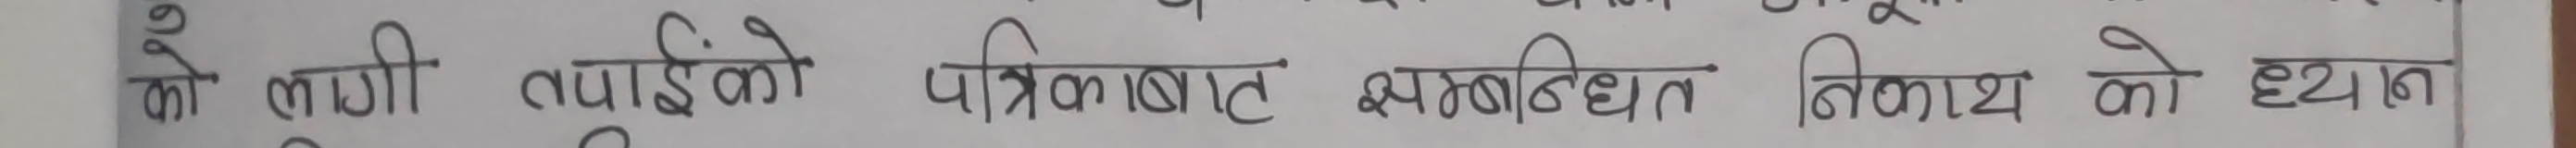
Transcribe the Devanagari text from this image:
को लागी तपाईँको पत्रिकाबाट सम्बधित निकायको ध्यान